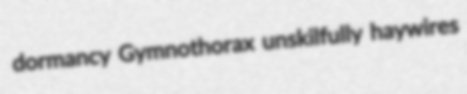
dormancy Gymnothorax unskilfully haywires